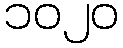
၁၀၂၀